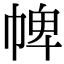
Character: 𢃍